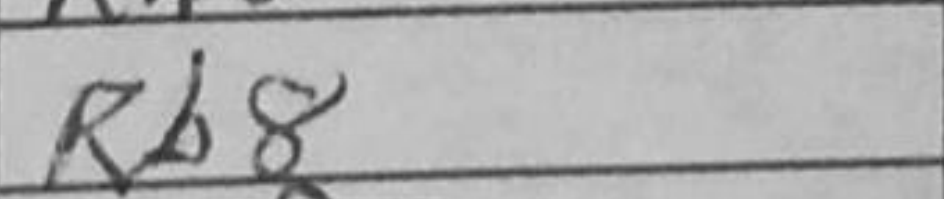
Transcription: Rb8